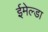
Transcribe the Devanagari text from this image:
ईमेल्डा